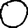
Digit: 0